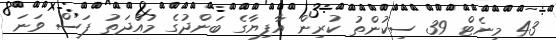
43 މިނެޓް 39 ސިކުންތު ކުރިން އާފިޔާގެ ބަންދުގެ މުއްދަތު ފަސް ވަނަ